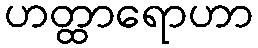
ဟတ္ထာရောဟာ